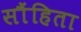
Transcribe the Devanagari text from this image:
सौंहिता